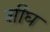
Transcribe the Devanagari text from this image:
शीघ